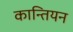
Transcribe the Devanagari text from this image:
कान्तियन